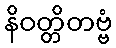
နိဝတ္တိတဗ္ဗံ